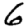
Digit: 6